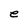
Character: e